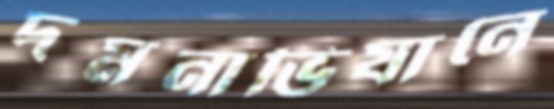
দমনাভিযানে